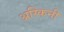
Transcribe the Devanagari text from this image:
अस्किनी